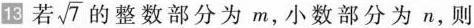
13若\sqrt{7}的整数部分为m，小数部分为n，则